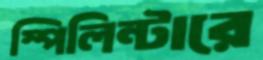
স্পিলিন্টারে